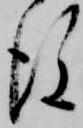
後